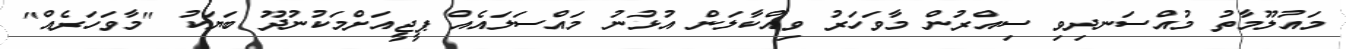
މައުލޫމާތު މުއްސަނދިވި ސިއްރުން މާވަހަރު ވިއްކާލަން އުޅުނު މައްސަލައެއް ޕީޖީއަށްމަކުނުދޫ ބަޔަކު "މާވަހަރެއް"